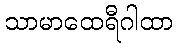
သာမာထေရီဂါထာ